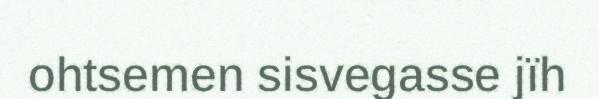
ohtsemen sisvegasse jïh